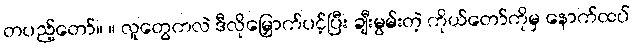
တပည့်တော်။ ။ လူတွေကလဲ ဒီလိုမြှောက်ပင့်ပြီး ချီးမွမ်းတဲ့ ကိုယ်တော်ကိုမှ နောက်ထပ်